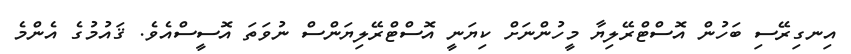
އިނގިރޭސި ބަހުން އޮސްޓްރޭލިޔާ މީހުންނަށް ކިޔަނީ އޮސްޓްރޭލިޔަންސް ނުވަތަ އޮސީސްއެވެ. ޤައުމުގެ އެންމެ